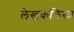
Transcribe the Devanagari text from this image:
लेखकलिसा